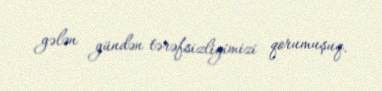
gələn gündən tərəfsizliyimizi qorumuşuq.